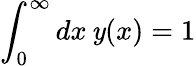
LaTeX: \int_{0}^{\infty}dx\, \mathit{y}(x)=1